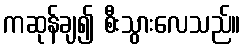
ကဆုန်ချ၍ စီးသွားလေသည်။